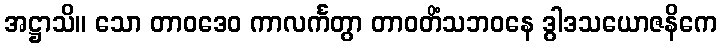
အဋ္ဌာသိ။ သော တာဝဒေဝ ကာလင်္ကတွာ တာဝတိံသဘဝနေ ဒွါဒသယောဇနိကေ